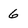
Character: 6